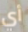
أي